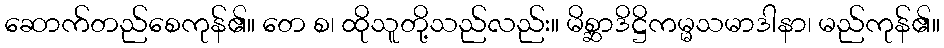
ဆောက်တည်စေကုန်၏။ တေ စ၊ ထိုသူတို့သည်လည်း။ မိစ္ဆာဒိဋ္ဌိကမ္မသမာဒါနာ၊ မည်ကုန်၏။